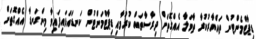
ޑިޕާޓްމެންޓުން ތައްޔާރުކުރާ ތާވަލާ އެއްގޮތަށް ދިރާސާތައް ކުރުމާއި ޑިޕާޓްމަންޓުން ކަނޑައަޅައިފައިވާ މިންގަނޑާ އެއްގޮތަށް